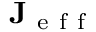
\mathbf { J } _ { \mathrm { ~ e ~ f ~ f ~ } }